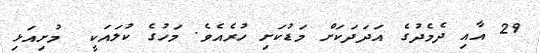
29 އާއި ދެމެދުގެ އަދަދަކަށް މަޑުކަށި ހުރެއެވެ. މަހުގެ ކުލައަކީ  މުށިއަޅި